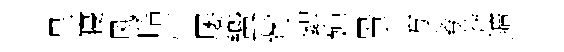
昱寝风昭怦屡蠁觜絮婵㬌方考莾鑛